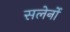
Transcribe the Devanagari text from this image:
सलेर्नो